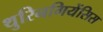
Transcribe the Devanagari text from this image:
थुरिनगियेंसिस